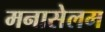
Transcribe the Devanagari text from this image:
मनासेलम